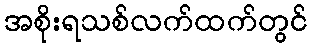
အစိုးရသစ်လက်ထက်တွင်